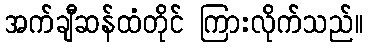
အက်ချီဆန်ထံတိုင် ကြားလိုက်သည်။